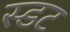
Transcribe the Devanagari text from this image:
स्डट